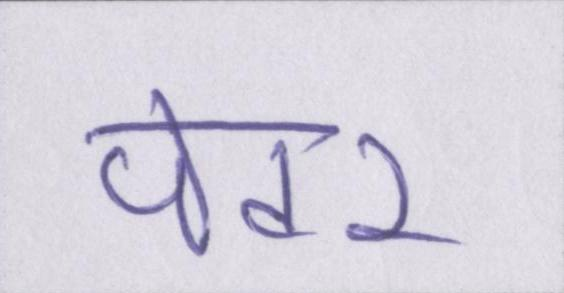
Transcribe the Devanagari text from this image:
पेंटर